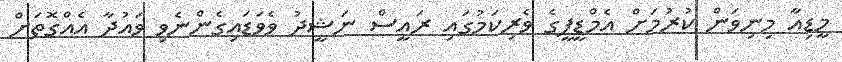
މީޑިއާ މިނިވަން ކުރުމަށް އެމްޑީޕީގެ ވެރިކަމުގައި ރައީސް ނަޝީދު ވެވަޑައިގެންނެވި ވައުދާ އެއްގޮތަށް